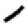
Digit: 1